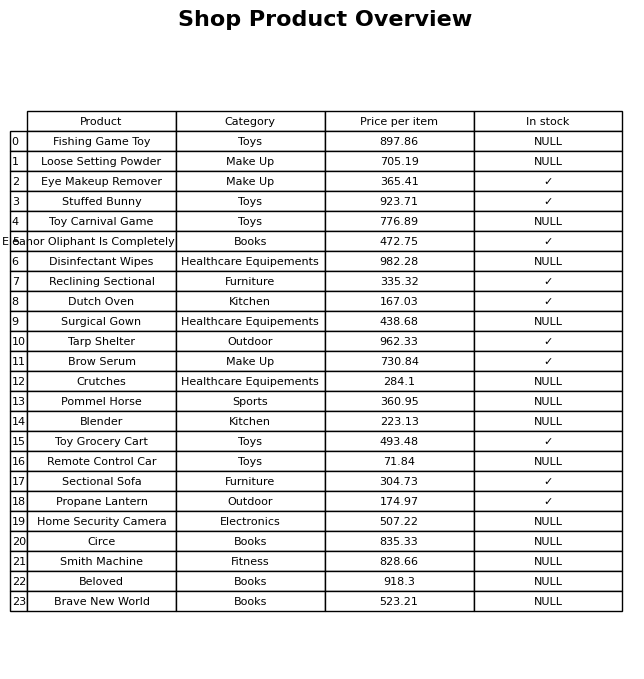
question: What is the price of the Blender?
answer: The price of Blender is 223.13.